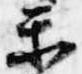
楽